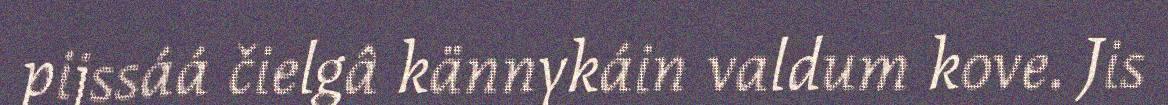
pijssáá čielgâ kännykáin valdum kove. Jis